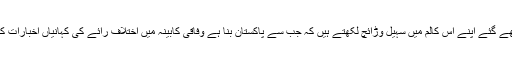
بی بی سی کے لئے لکھے گئے اپنے اس کالم میں سہیل وڑائچ لکھتے ہیں کہ جب سے پاکستان بنا ہے وفاقی کابینہ میں اختلاف رائے کی کہانیاں اخبارات کی زینت بنتی رہتی ہیں۔